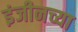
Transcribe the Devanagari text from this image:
इंजीनच्या